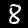
Label: 8